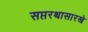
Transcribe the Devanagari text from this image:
सप्तरथासारखे